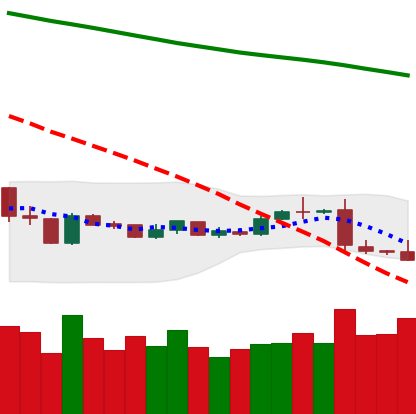
Ticker: XLM-USD
Chart end date: 2019-01-13
Forward return: 3.1%
Label: up_3_5